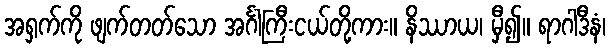
အရှက်ကို ဖျက်တတ်သော အင်္ဂါကြီးငယ်တို့ကား။ နိဿာယ၊ မှီ၍။ ရာဂါဒီနံ၊